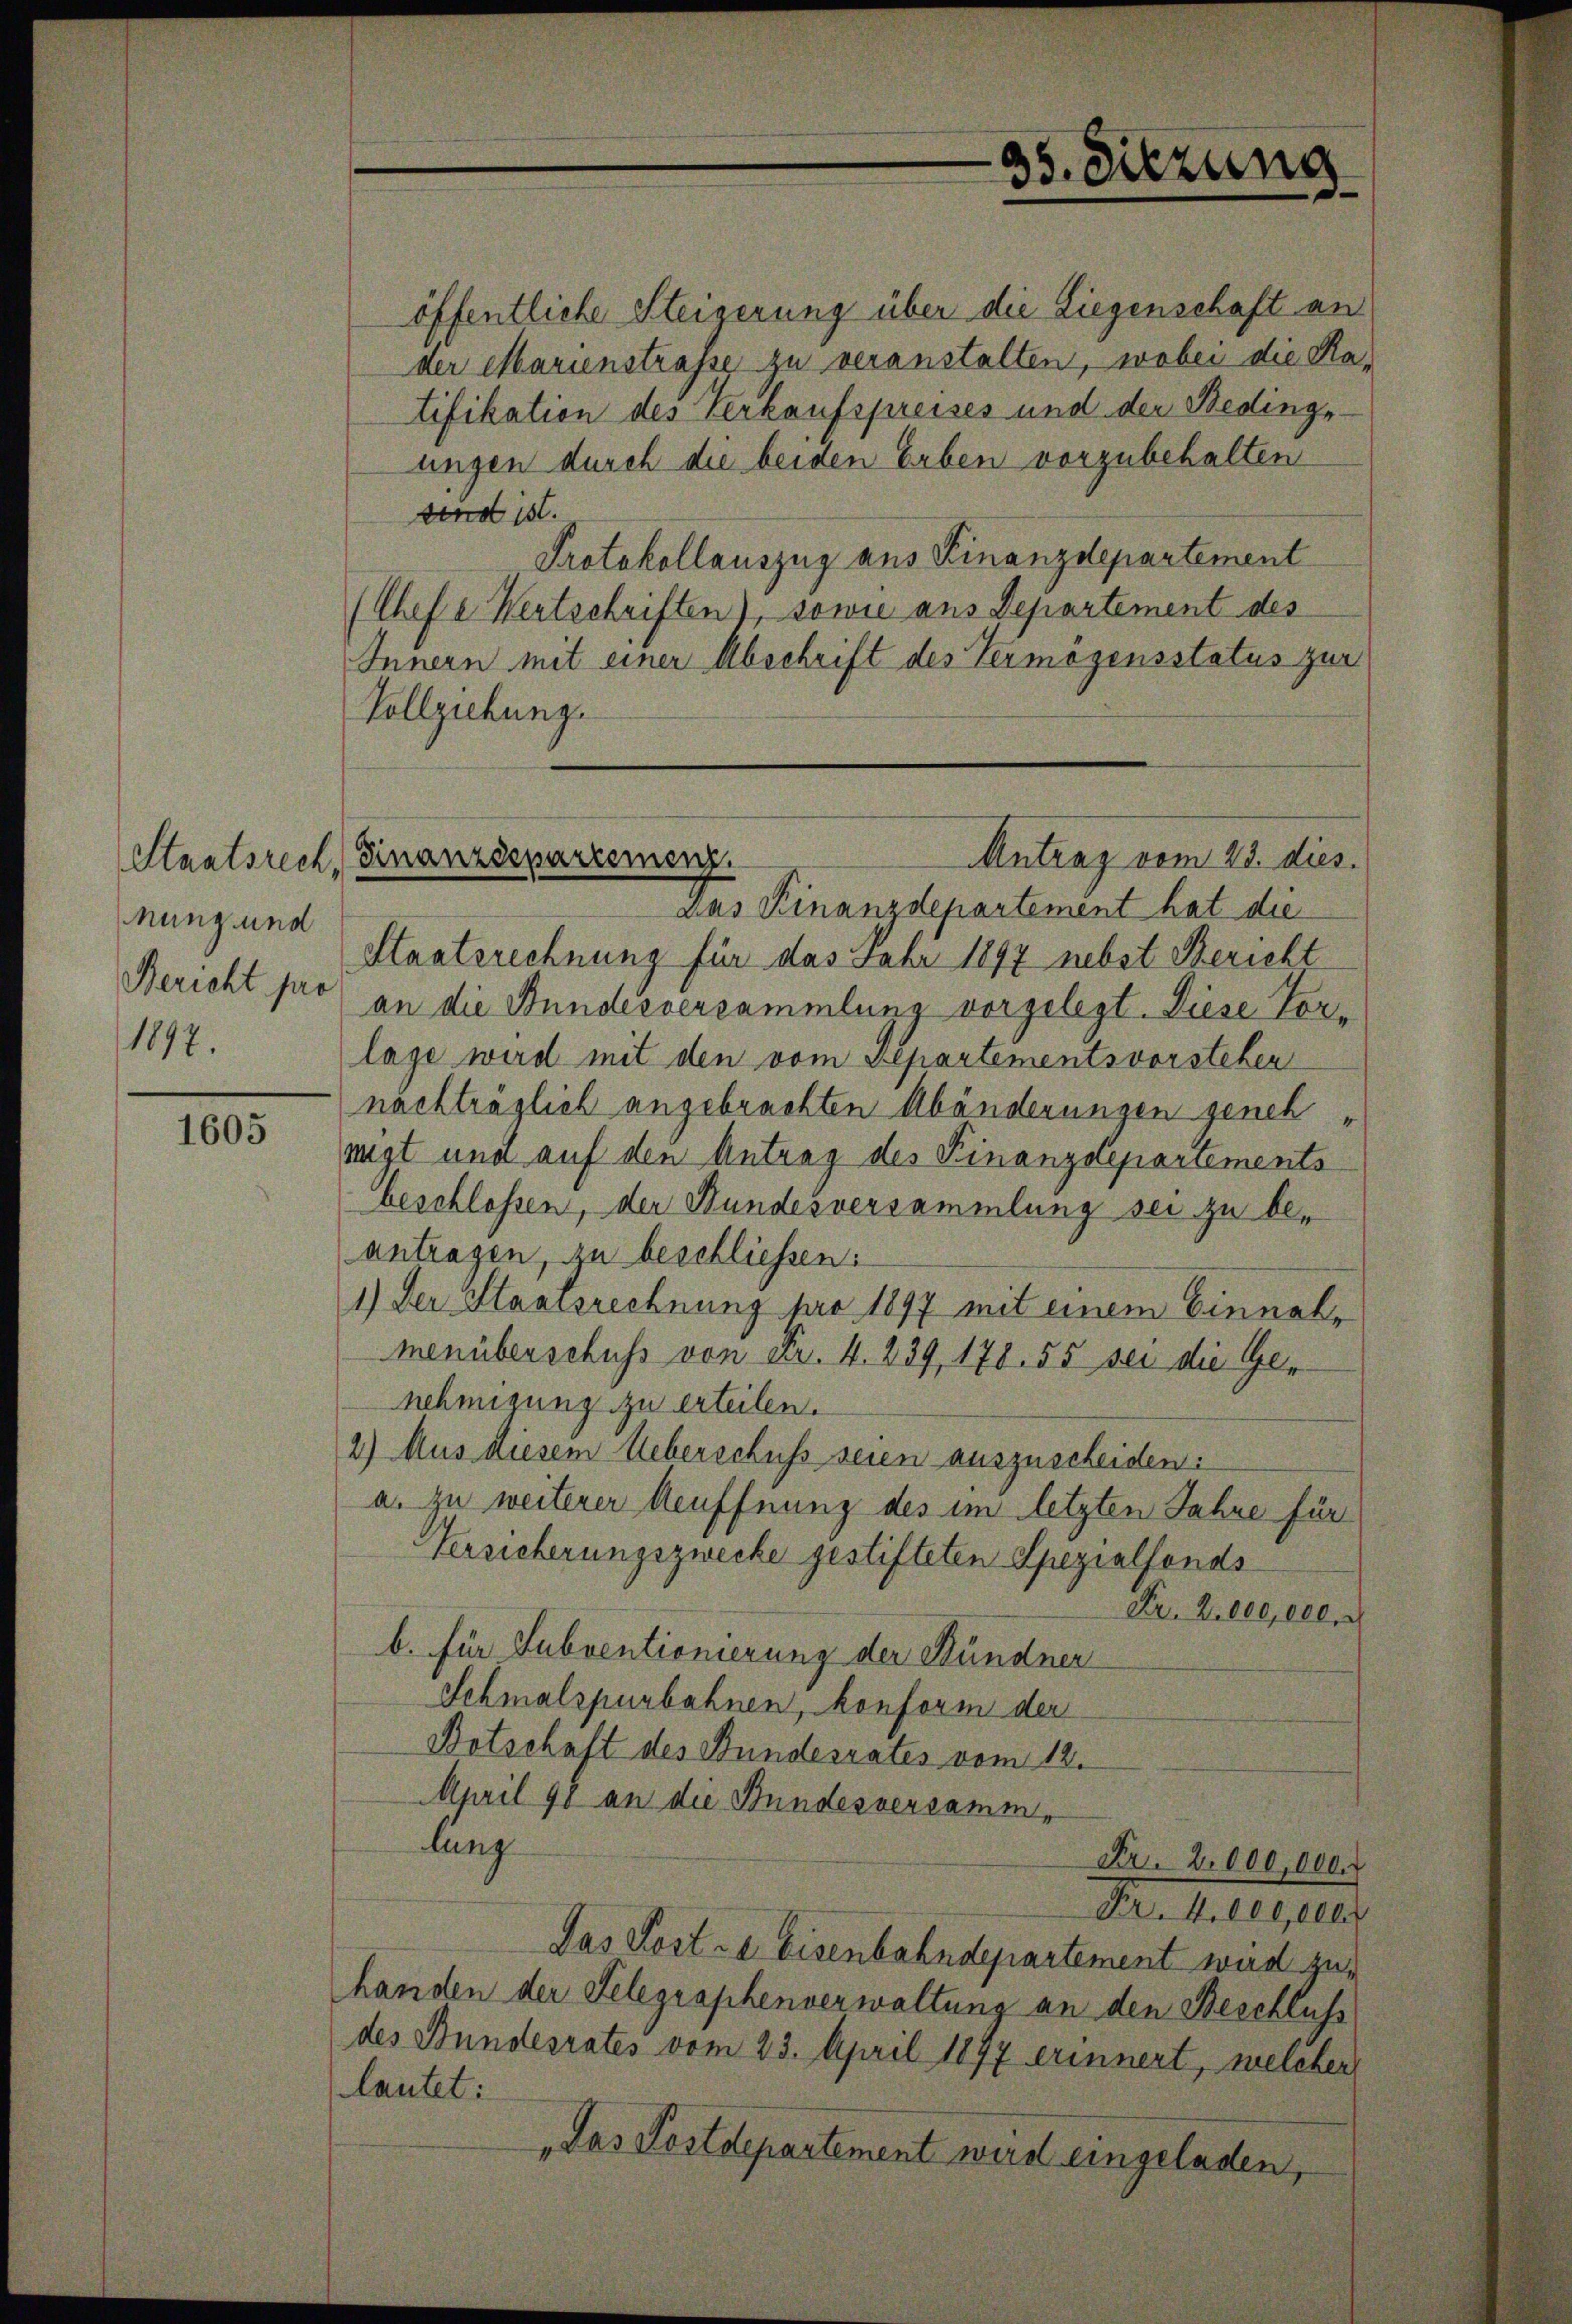
Staatsrech
nung und
Bericht pro
1897.

1605

öffentliche Steigerung über die Liegenschaft an
der Marienstrafe zu veranstalten, wobei die Ratifikation des Verkaufspreises und der Bedingeungen durch die beiden Erben vorzubehalten
send ist.
Protokollauszug aus Finanzdepartement
(Chef e Wertschriften), sowie aus Departement des
Innern mit einer Abschrift des Vermögensstatus zur
Vollziehung.

35. Sitzung

Finanzdepartemenz
Antrag vom 23. dies.

Das Finanzdepartement hat die
Staatsrechnung für das Fahr 1897 nebst Bericht
an die Bundesversammlung vorgelegt. Diese Vor
lage wird mit den vom Separtementsvorstehen
nachträglich angebrachten Abänderungen genehmigt und auf den Antrag des Finanzdepartements
beschlossen, der Bundesversammlung sei zu beantragen, zu beschliessen:
1) Der Staatsrechnung pro 1897 mit einem Einnal-
menüberschuss von Fr. 4. 239, 178. 55 sei die Genehmigung zu erteilen.
2.) Aus diesem Ueberschuss seien auszuscheiden:
a. zu weiterer Aeuffnung des im letzten Jahre für
Versicherungszwecke gestifteten Spezialfonds
Fr. 2. 000,000.
b. für Subventionierung der Stündner
Schmalspurbahnen, konform der
Botschaft des Bundesrates vom 12.
April 90 an die Bundesversammlung
Fr. 2. 000,000.
Nr. 4000,000
Das Koste Eisenbahndepartement wird zuhanden der Telegraphenverwaltung an den Beschluss
des Bundesrates vom 23. April 1897 erinnert, welcher
lautet:
„Das Postdepartement wird eingeladen,